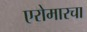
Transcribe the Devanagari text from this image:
एरोमारचा